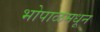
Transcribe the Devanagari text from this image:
भोपाळमधून